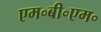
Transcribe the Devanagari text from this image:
एम॰बी॰एम॰